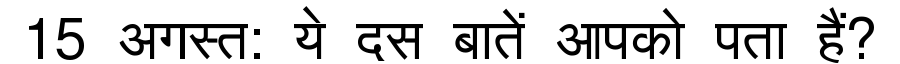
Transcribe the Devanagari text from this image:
15 अगस्त: ये दस बातें आपको पता हैं?